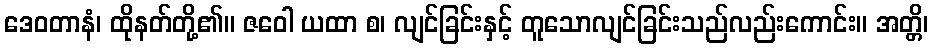
ဒေဝတာနံ၊ ထိုနတ်တို့၏။ ဇဝေါ ယထာ စ၊ လျင်ခြင်းနှင့် တူသောလျင်ခြင်းသည်လည်းကောင်း။ အတ္တိ၊